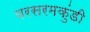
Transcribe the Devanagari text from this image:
वरसरमकुंडी